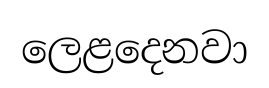
ලෙළදෙනවා